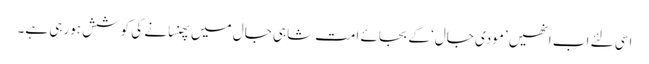
اسی لئے اب انھیں ’مودی جال‘ کے بجائے امت شاہی جال میں پھنسانے کی کوشش ہورہی ہے۔